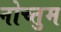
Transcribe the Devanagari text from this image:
नोच्तुम